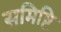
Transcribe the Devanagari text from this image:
समिष्टि